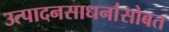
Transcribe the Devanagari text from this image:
उत्पादनसाधनांसोबत